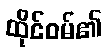
ထိုင်ဝမ်၏